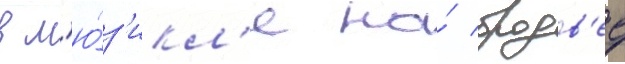
в м'ю́з'икл'е на́ бродв'ее